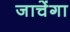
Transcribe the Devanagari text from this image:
जाचेंगा